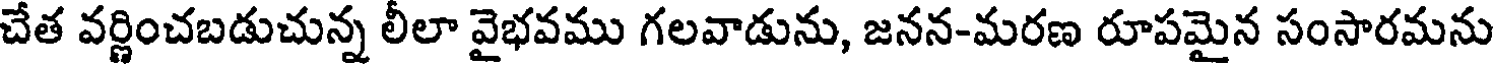
చేత వర్ణించబడుచున్న లీలా వైభవము గలవాడును, జనన-మరణ రూపమైన సంసారమను